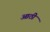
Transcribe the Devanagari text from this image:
आठी